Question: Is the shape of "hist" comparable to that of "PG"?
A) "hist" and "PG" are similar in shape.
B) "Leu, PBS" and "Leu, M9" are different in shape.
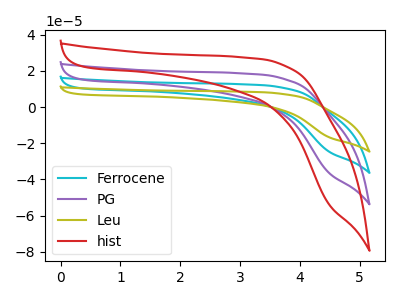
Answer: <think>The cyan curve "Ferrocene" has no peaks. The purple curve "PG" has no peaks. The olive curve "Leu" has no peaks. The red curve "hist" has no peaks.
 Neither "hist" or "PG" have any peaks.</think>
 <answer>A) "hist" and "PG" are similar in shape.</answer>
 <eval>A</eval>